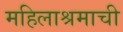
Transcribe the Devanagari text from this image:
महिलाश्रमाची